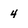
Character: 4